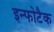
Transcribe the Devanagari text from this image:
इन्फोटैक